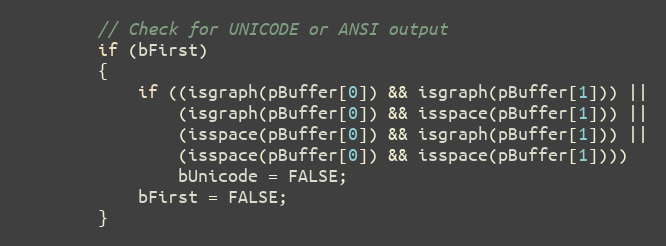
Language: C++
        // Check for UNICODE or ANSI output
        if (bFirst)
        {
            if ((isgraph(pBuffer[0]) && isgraph(pBuffer[1])) ||
                (isgraph(pBuffer[0]) && isspace(pBuffer[1])) ||
                (isspace(pBuffer[0]) && isgraph(pBuffer[1])) ||
                (isspace(pBuffer[0]) && isspace(pBuffer[1])))
                bUnicode = FALSE;
            bFirst = FALSE;
        }